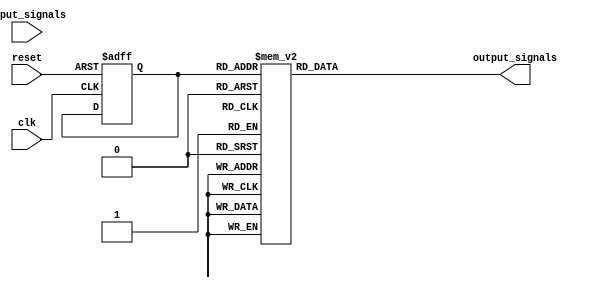
module fsm (
  input wire clk,
  input wire reset,
  input wire [N-1:0] input_signals,
  output reg [M-1:0] output_signals
);

  parameter N = 5; // number of input signals
  parameter M = 3; // number of output signals
  parameter INIT_STATE = 3'b000; // initial state

  reg [2:0] current_state, next_state; // state register

  // state transition logic
  always @ (posedge clk or posedge reset)
  begin
    if (reset) begin
      current_state <= INIT_STATE;
    end else begin
      case (current_state)
        // define state transition logic here
        3'b000: next_state <= input_signals[0] ? 3'b001 : 3'b010;
        3'b001: next_state <= input_signals[1] ? 3'b011 : 3'b000;
        3'b010: next_state <= input_signals[2] ? 3'b111 : 3'b001;
        3'b011: next_state <= input_signals[3] ? 3'b010 : 3'b100;
        3'b100: next_state <= input_signals[4] ? 3'b101 : 3'b011;
        3'b101: next_state <= input_signals[0] ? 3'b010 : 3'b110;
        3'b110: next_state <= input_signals[2] ? 3'b111 : 3'b000;
        3'b111: next_state <= input_signals[2] ? 3'b101 : 3'b000;
      endcase
    end
  end

  // output generation logic
  always @ (current_state)
  begin
    case (current_state)
      // define output generation logic here
      3'b000: output_signals = 3'b000;
      3'b001: output_signals = 3'b001;
      3'b010: output_signals = 3'b010;
      3'b011: output_signals = 3'b011;
      3'b100: output_signals = 3'b100;
      3'b101: output_signals = 3'b101;
      3'b110: output_signals = 3'b110;
      3'b111: output_signals = 3'b111;
    endcase
  end

endmodule